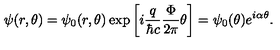
\psi ( r , \theta ) = \psi _ { 0 } ( r , \theta ) \exp \left[ i { \frac { q } { \hbar c } } { \frac { \Phi } { 2 \pi } } \theta \right] = \psi _ { 0 } ( \theta ) e ^ { i \alpha \theta } .